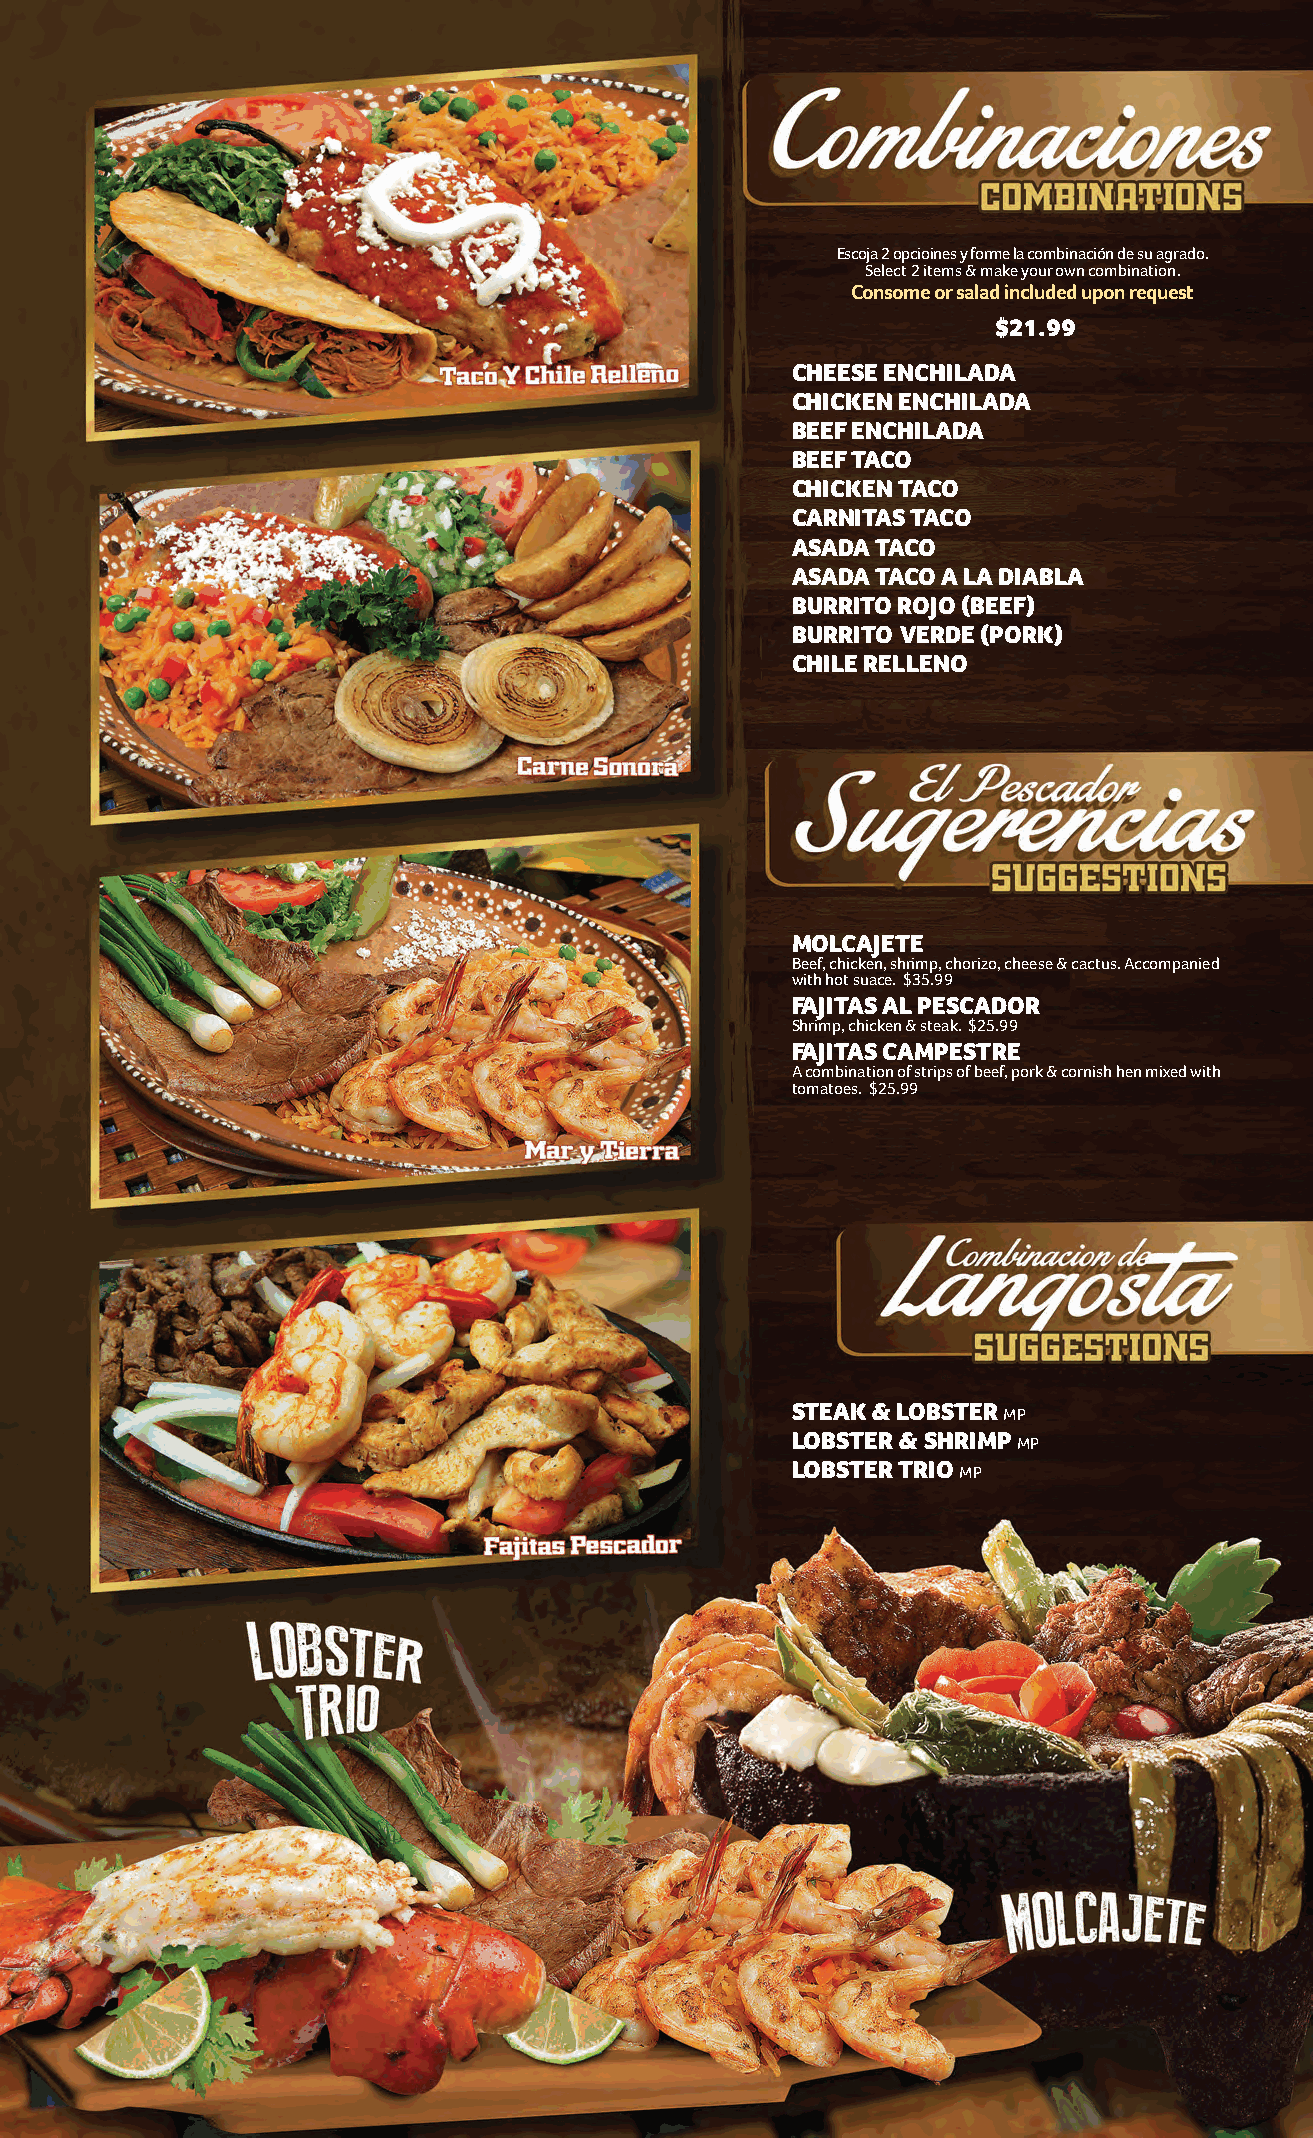
Escoja 2 opcioines y forme la combinación de su agrado.
 Select 2 items & make your own combination.
 Consome or salad included upon request
 $21.99
 CHEESE ENCHILADA
 CHICKEN ENCHILADA
 BEEF ENCHILADA
 BEEF TACO
 CHICKEN TACO
 CARNITAS TACO
 ASADA TACO
 ASADA TACO A LA DIABLA
 BURRITO ROJO (BEEF)
 BURRITO VERDE (PORK)
 CHILE RELLENO
 MOLCAJETE
 Beef, chicken, shrimp, chorizo, cheese & cactus. Accompanied
 with hot suace. $35.99
 FAJITAS AL PESCADOR
 Shrimp, chicken & steak. $25.99
 FAJITAS CAMPESTRE
 A combination of strips of beef, pork & cornish hen mixed with
 tomatoes. $25.99
 STEAK & LOBSTER MP
 LOBSTER & SHRIMP MP
 LOBSTER TRIO MP